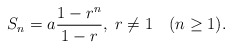
\begin{align*}S_n = a\frac{1 - r^n}{1-r},\;r\neq1 \quad(n\geq1).\end{align*}